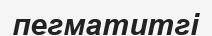
пегматитгі